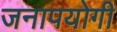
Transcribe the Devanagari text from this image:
जनापयोगी